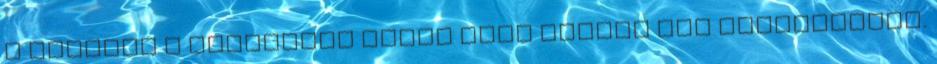
a rokonok s barátokon kívül alig terjed túl érzésvilága.